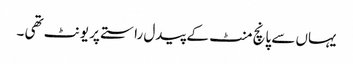
یہاں سے پانچ منٹ کے پیدل راستے پر یونٹ تھی ۔